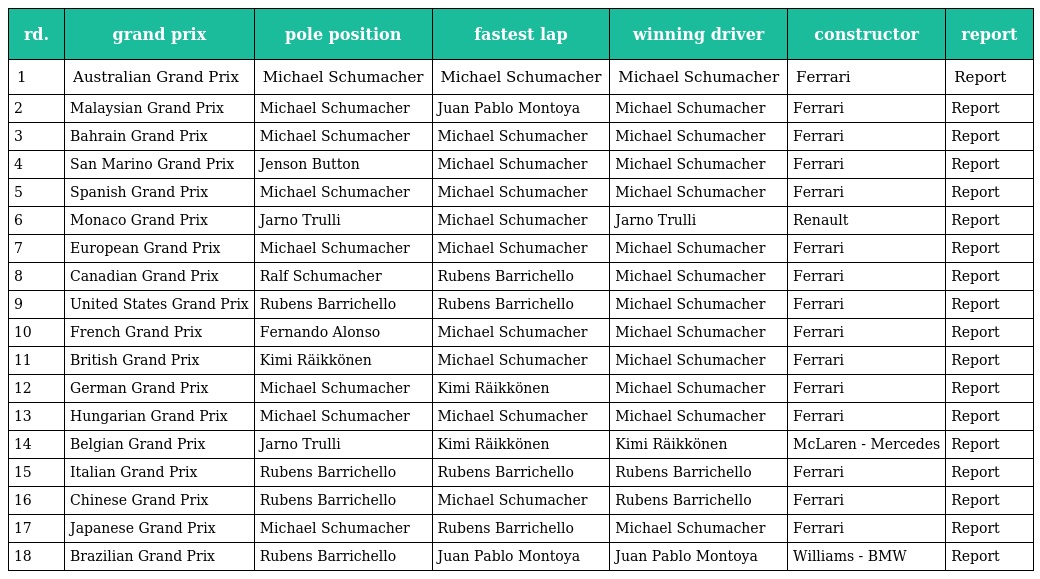
| rd. | grand prix | pole position | fastest lap | winning driver | constructor | report |
 | --- | --- | --- | --- | --- | --- | --- |
 | 1 | Australian Grand Prix | Michael Schumacher | Michael Schumacher | Michael Schumacher | Ferrari | Report |
 | 2 | Malaysian Grand Prix | Michael Schumacher | Juan Pablo Montoya | Michael Schumacher | Ferrari | Report |
 | 3 | Bahrain Grand Prix | Michael Schumacher | Michael Schumacher | Michael Schumacher | Ferrari | Report |
 | 4 | San Marino Grand Prix | Jenson Button | Michael Schumacher | Michael Schumacher | Ferrari | Report |
 | 5 | Spanish Grand Prix | Michael Schumacher | Michael Schumacher | Michael Schumacher | Ferrari | Report |
 | 6 | Monaco Grand Prix | Jarno Trulli | Michael Schumacher | Jarno Trulli | Renault | Report |
 | 7 | European Grand Prix | Michael Schumacher | Michael Schumacher | Michael Schumacher | Ferrari | Report |
 | 8 | Canadian Grand Prix | Ralf Schumacher | Rubens Barrichello | Michael Schumacher | Ferrari | Report |
 | 9 | United States Grand Prix | Rubens Barrichello | Rubens Barrichello | Michael Schumacher | Ferrari | Report |
 | 10 | French Grand Prix | Fernando Alonso | Michael Schumacher | Michael Schumacher | Ferrari | Report |
 | 11 | British Grand Prix | Kimi Räikkönen | Michael Schumacher | Michael Schumacher | Ferrari | Report |
 | 12 | German Grand Prix | Michael Schumacher | Kimi Räikkönen | Michael Schumacher | Ferrari | Report |
 | 13 | Hungarian Grand Prix | Michael Schumacher | Michael Schumacher | Michael Schumacher | Ferrari | Report |
 | 14 | Belgian Grand Prix | Jarno Trulli | Kimi Räikkönen | Kimi Räikkönen | McLaren - Mercedes | Report |
 | 15 | Italian Grand Prix | Rubens Barrichello | Rubens Barrichello | Rubens Barrichello | Ferrari | Report |
 | 16 | Chinese Grand Prix | Rubens Barrichello | Michael Schumacher | Rubens Barrichello | Ferrari | Report |
 | 17 | Japanese Grand Prix | Michael Schumacher | Rubens Barrichello | Michael Schumacher | Ferrari | Report |
 | 18 | Brazilian Grand Prix | Rubens Barrichello | Juan Pablo Montoya | Juan Pablo Montoya | Williams - BMW | Report |